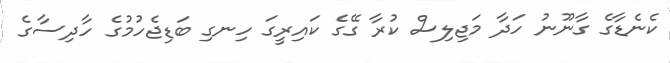
ކެނެޑާގެ ގާނޫނު ހަދާ މަޖިލިސް ކުރާ ގޭގެ ކައިރީގަ ހިނގި ބަޑިޖެހުމުގެ ހާދިސާގެ